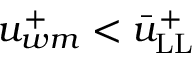
u _ { w m } ^ { + } < \bar { u } _ { \mathrm { L L } } ^ { + }